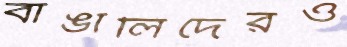
বাঙালিদেরও